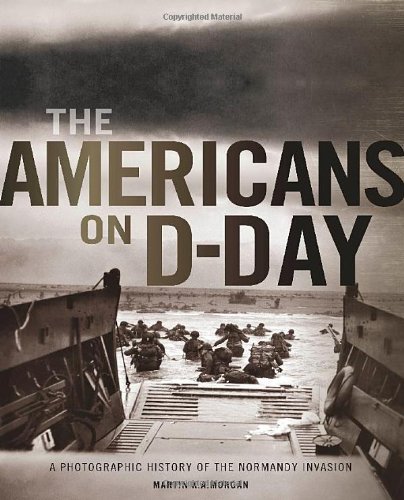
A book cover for The Americans on D-Day: A Photographic History of the Normandy Invasion; Martin K. A. Morgan; Arts & Photography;